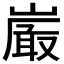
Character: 𭗕